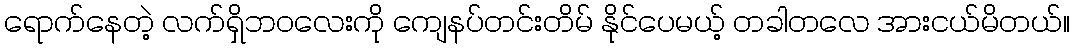
ရောက်နေတဲ့ လက်ရှိဘဝလေးကို ကျေနပ်တင်းတိမ် နိုင်ပေမယ့် တခါတလေ အားငယ်မိတယ်။